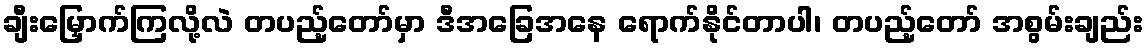
ချီးမြှောက်ကြလို့လဲ တပည့်တော်မှာ ဒီအခြေအနေ ရောက်နိုင်တာပါ၊ တပည့်တော် အစွမ်းချည်း